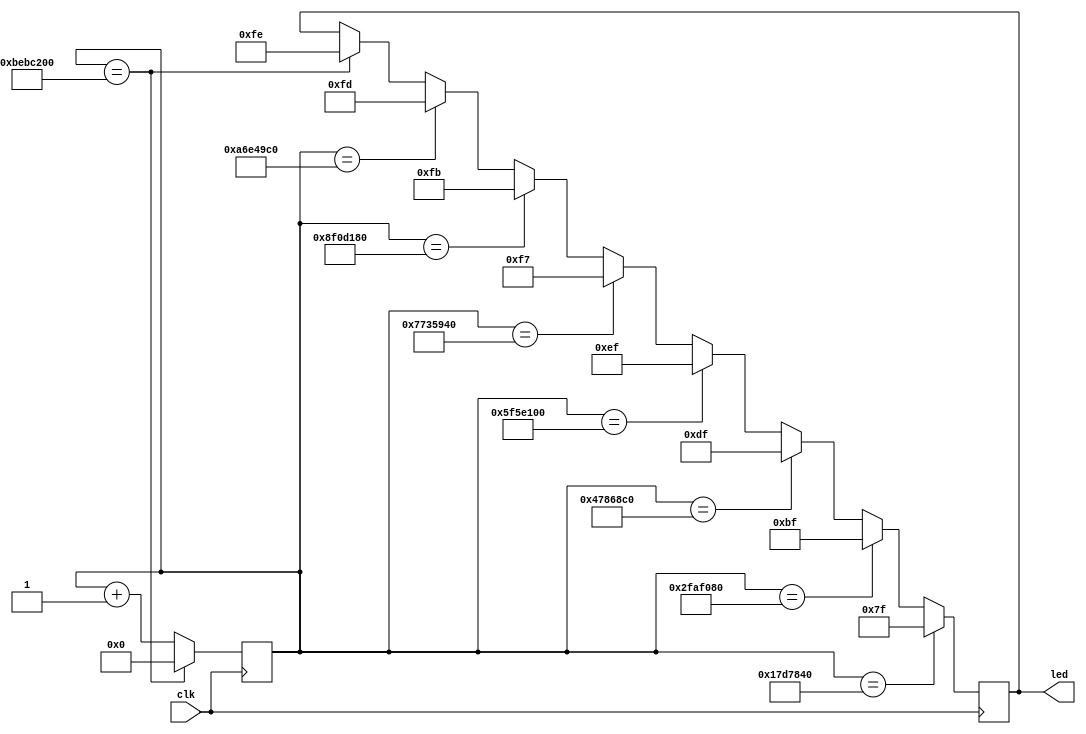
`timescale 1ns / 1ps


module led_test (
               // inputs:
                  clk,
                  led
             );
             
//===========================================================================
// PORT declarations
//===========================================================================
input clk;
output [7:0] led;

reg [31:0] timer;
reg [7:0] led;



  always @(posedge clk )
    begin
      if (timer == 200000000)
          timer <= 0;
      else
          timer <= timer + 1;          
    end


  always @(posedge clk )
    begin
      if (timer == 25000000)
          led <= 8'b01111111;
      else if (timer == 50000000)
          led <= 8'b10111111;
      else if (timer == 75000000)
          led <= 8'b11011111;                              
      else if (timer == 100000000)
          led <= 8'b11101111;   
      else if (timer == 125000000)
          led <= 8'b11110111;
      else if (timer == 150000000)
          led <= 8'b11111011;                              
      else if (timer == 175000000)
          led <= 8'b11111101;   
      else if (timer == 200000000)
          led <= 8'b11111110;  			 
    end
    
endmodule